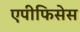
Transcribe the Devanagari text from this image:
एपीफिसेस